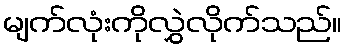
မျက်လုံးကိုလွှဲလိုက်သည်။